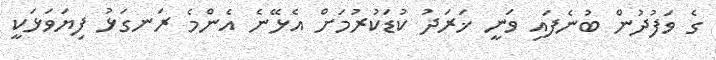
ގެ ވަފުދުން ބުނެފައި ވަނީ ޚަރަދު ކުޑަކުރުމަށް އެޅޭނެ އެންމެ ރަނގަޅު ފިޔަވަޅަކީ